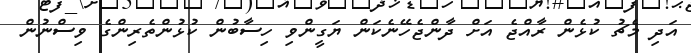
އަދި މެޗު ކުޅެން ރާއްޖެ އަށް ދާންޖެހޭނެކަން ޔަގީންވި ހިސާބުން ކުޅުންތެރިންގެ ވިސްނުން